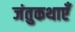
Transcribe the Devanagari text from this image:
जंतुकथाएँ